Indian journal of veterinary science and animal husbandry - Volume 7,
Year: 1937
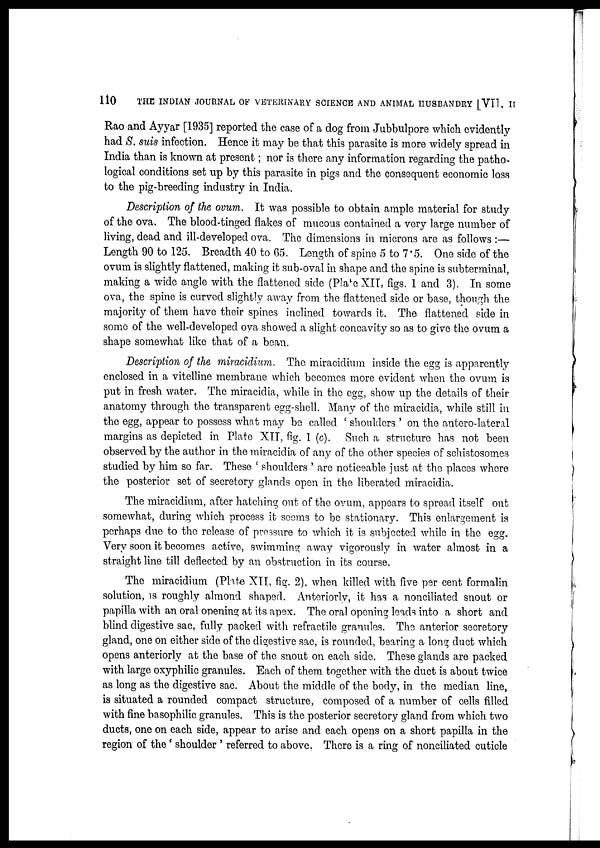
110
THE INDIAN JOURNAL OF VETERINARY SCIENCE AND ANIMAL HUSBANDRY [VII, II
Rao and Ayyar [1935] reported the case of a dog from Jubbulpore which evidently
had S. suis infection. Hence it may be that this parasite is more widely spread in
India than is known at present; nor is there any information regarding the patho-
logical conditions set up by this parasite in pigs and the consequent economic loss
to the pig-breeding industry in India.
Description of the ovum. It was possible to obtain ample material for study
of the ova. The blood-tinged flakes of mucous contained a very large number of
living, dead and ill-developed ova. The dimensions in microns are as follows :—
Length 90 to 125. Breadth 40 to 65. Length of spine 5 to 7.5. One side of the
ovum is slightly flattened, making it sub-oval in shape and the spine is subterminal,
making a wide angle with the flattened side (Plate XII, figs. 1 and 3). In some
ova, the spine is curved slightly away from the flattened side or base, though the
majority of them have their spines inclined towards it. The flattened side in
some of the well-developed ova showed a slight concavity so as to give the ovum a
shape somewhat like that of a bean.
Description of the miracidium. The miracidium inside the egg is apparently
enclosed in a vitelline membrane which becomes more evident when the ovum is
put in fresh water. The miracidia, while in the egg, show up the details of their
anatomy through the transparent egg-shell. Many of the miracidia, while still in
the egg, appear to possess what may be called ' shoulders ' on the antero-lateral
margins as depicted in Plate XII, fig. 1 (c). Such a structure has not been
observed by the author in the miracidia of any of the other species of schistosomes
studied by him so far. These ' shoulders ' are noticeable just at the places where
the posterior set of secretory glands open in the liberated miracidia.
The miracidium, after hatching out of the ovum, appears to spread itself out
somewhat, during which process it seems to be stationary. This enlargement is
perhaps due to the release of pressure to which it is subjected while in the egg.
Very soon it becomes active, swimming away vigorously in water almost in a
straight line till deflected by an obstruction in its course.
The miracidium (Plate XII, fig. 2), when killed with five per cent formalin
solution, is roughly almond shaped. Anteriorly, it has a nonciliated snout or
papilla with an oral opening at its apex. The oral opening leads into a short and
blind digestive sac, fully packed with refractile granules. The anterior secretory
gland, one on either side of the digestive sac, is rounded, bearing a long duct which
opens anteriorly at the base of the snout on each side. These glands are packed
with large oxyphilic granules. Each of them together with the duct is about twice
as long as the digestive sac. About the middle of the body, in the median line,
is situated a rounded compact structure, composed of a number of cells filled
with fine basophilic granules. This is the posterior secretory gland from which two
ducts, one on each side, appear to arise and each opens on a short papilla in the
region of the ' shoulder ' referred to above. There is a ring of nonciliated cuticle